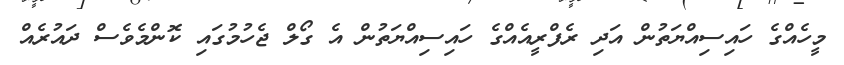
މީހެއްގެ ހައިސިއްޔަތުން އަދި ރެފްރީއެއްގެ ހައިސިއްޔަތުން އެ ގޯލް ޖެހުމުގައި ކޮންމެވެސް ދައުރެއް